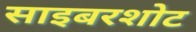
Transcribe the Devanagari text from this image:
साइबरशोट